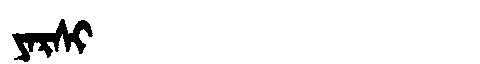
Manchu: ᠶᠠᡵᠰᡳ
Romanization: YARSI